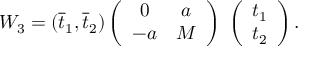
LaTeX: W _ { 3 } = ( \overline { { { t } } } _ { 1 } , \overline { { { t } } } _ { 2 } ) \left( \begin{array} { c c } { { 0 } } & { { a } } \\ { { - a } } & { { M } } \end{array} \right) \; \left( \begin{array} { c } { { t _ { 1 } } } \\ { { t _ { 2 } } } \end{array} \right) .